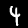
Digit: 4